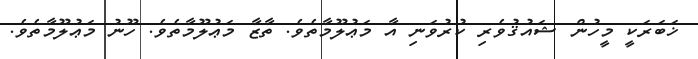
ޚަބަރަކީ މީހުން ޝައުޤުވެރި ކުރުވަނި އާ މަޢުލޫމާތެވެ. ތާޒާ މަޢުލޫމާތެވެ. ހޫނު މަޢުލޫމާތެވެ.